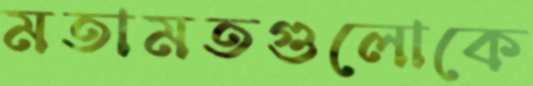
মতামতগুলোকে